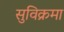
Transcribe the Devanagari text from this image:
सुविक्रमा